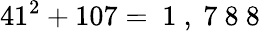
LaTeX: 41^{2}+107=\mathrm{~1~,~7~8~8~}